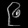
Digit: ၉